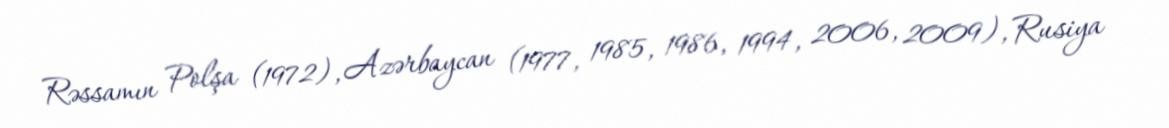
Rəssamın Polşa (1972), Azərbaycan (1977, 1985, 1986, 1994, 2006, 2009), Rusiya